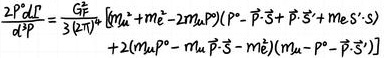
$\frac{2 \mathrm{P}^{0} \Gamma}{\mathrm{d}^{3} \mathrm{P}}=\frac{\mathrm{G}_{\mathrm{F}}^{2}}{3(2 \pi)^{7}} \int \mathrm{d}^{3} \mu\left[m_{\mathrm{e}}^{2}+2 \mathrm{~m}_{\mathrm{e}} \mu_{0} P^{0}\right]\left(\mathrm{P}^{0}-\vec{\mathrm{P}} \cdot \vec{\mathrm{S}}+\mathrm{m}_{\mathrm{e}} \vec{\mathrm{S}} \cdot \vec{\sigma}\right)$
$+2\left(m_{\mu} P^{0}-m_{\mu} \vec{P} \cdot \vec{S}-m_{e}^{2}\right)\left(m_{\mu}-\mu_{0}-\vec{\mu} \cdot \vec{S}\right)$